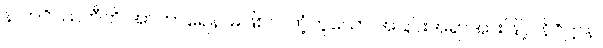
န ဘဝိဿတီတိ အာကာရေန၊ မဖြစ်လတံ့ဟူသော အခြင်းအရာအားဖြင့်။ နိဝိဋ္ဌာန၊